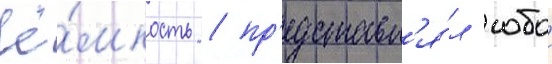
ё́мкость / пр'едставл'я́л собои